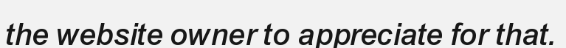
the website owner to appreciate for that.